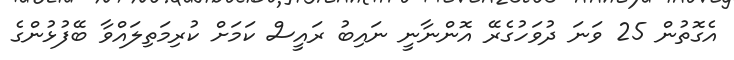
އެގޮތުން 25 ވަނަ ދުވަހުގެރޭ އޮންނާނީ ނައިބު ރައީސް ކަމަށް ކުރިމަތިލައްވާ ބޭފުޅުންގެ